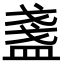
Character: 盞